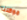
موكلنا